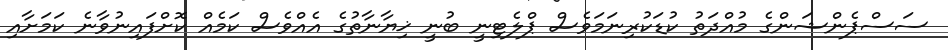
ސަސްޕެންޝަންގެ މުއްދަތު ކުޑަކުރިނަަމަވެސް ޕްލެޓިނީ ބުނީ ޚިޔާނާތުގެ އެއްވެސް ކަމެއް ކޮށްފައިނުވާނެ ކަމަށާއި